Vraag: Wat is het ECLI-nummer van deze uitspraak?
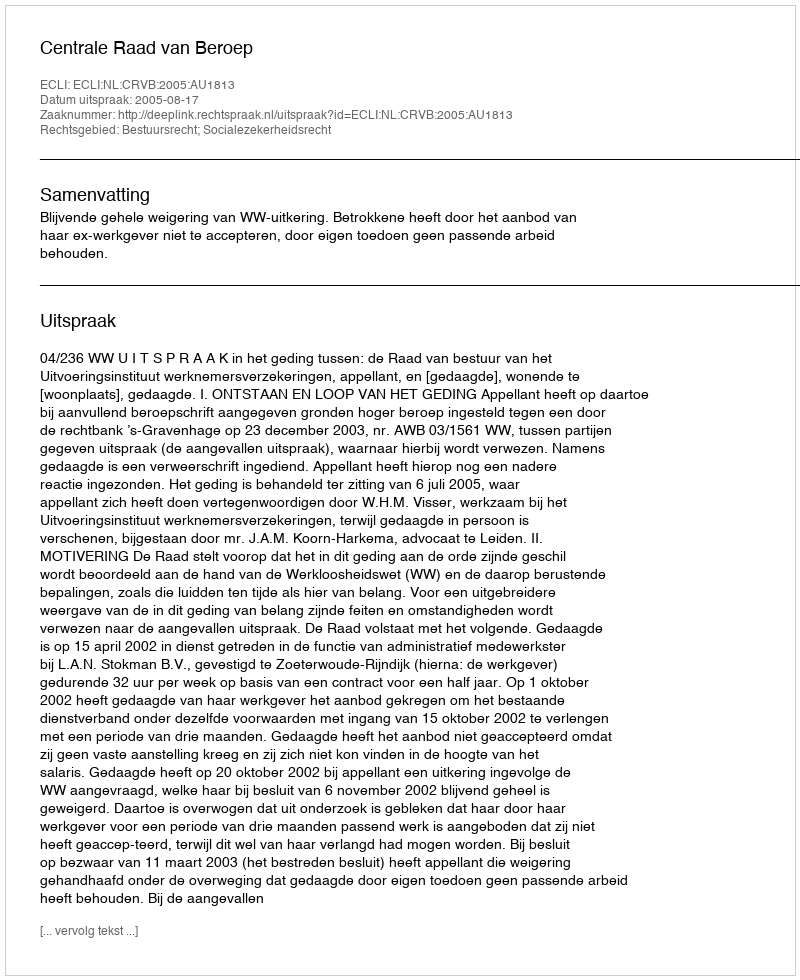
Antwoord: ECLI:NL:CRVB:2005:AU1813